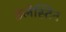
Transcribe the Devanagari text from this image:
इलेस्टिन